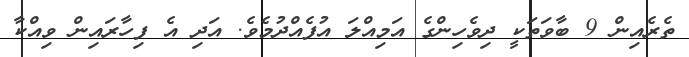
ތެރެއިން 9 ބާވަތަކީ ދިވެހިންގެ އަމިއްލަ އުފެއްދުމެވެ. އަދި އެ ފިހާރައިން ވިއްކާ